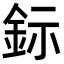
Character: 𨥮